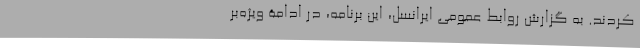
کردند. به گزارش روابط عمومی ایرانسل، این برنامه، در ادامۀ ویژه‌بر